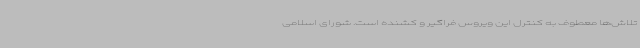
تلاش‌ها معطوف به کنترل این ویروس فراگیر و کشنده است. شورای اسلامی